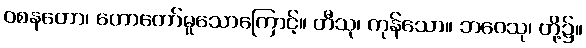
ဝစနတော၊ ဟောတော်မူသောကြောင့်။ တီသု၊ ကုန်သော။ ဘဝေသု၊ တို့၌။